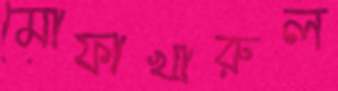
মোফাখারুল